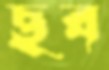
ছব